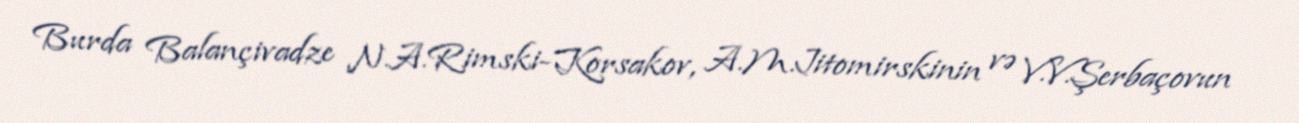
Burda Balançivadze N.A.Rimski-Korsakov, A.M.Jitomirskinin və V.V.Şerbaçovun